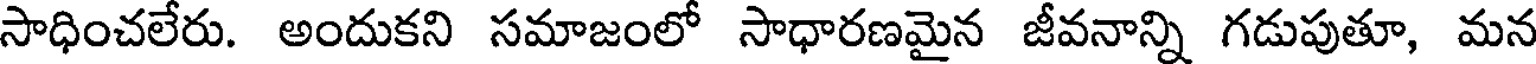
సాధించలేరు. అందుకని సమాజంలో సాధారణమైన జీవనాన్ని గడుపుతూ, మన